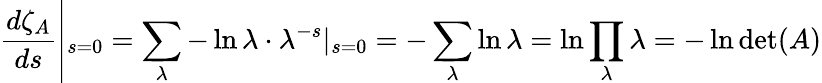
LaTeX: \frac{d\zeta_{A}}{ds}\left|_{s=0}=\sum_{\lambda}-\ln\lambda\cdot\lambda^{-s}|_{s=0}=-\sum_{\lambda}\ln\lambda=\ln\prod_{\lambda}\lambda=-\ln\operatorname*{det}(A)\right.